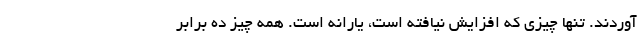
آوردند. تنها چیزی که افزایش نیافته است، یارانه است. همه چیز ده برابر